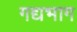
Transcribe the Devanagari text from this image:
गद्यभाग